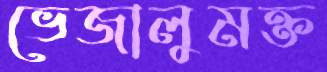
ভেজালুমক্ত